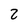
Character: 2